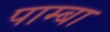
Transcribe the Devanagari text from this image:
पाम्बा